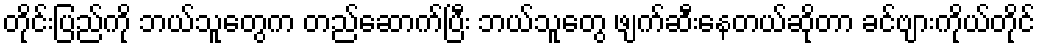
တိုင်းပြည်ကို ဘယ်သူတွေက တည်ဆောက်ပြီး ဘယ်သူတွေ ဖျက်ဆီးနေတယ်ဆိုတာ ခင်ဗျားကိုယ်တိုင်